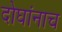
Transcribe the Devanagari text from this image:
दोघांनाच